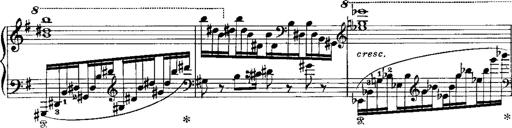
Title: RÃ©miniscences de Norma de Bellini
Composer: Franz Liszt